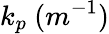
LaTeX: k_{p}\ (m^{-1})